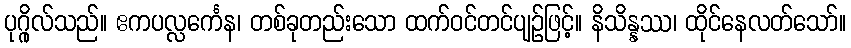
ပုဂ္ဂိုလ်သည်။ ဧကပလ္လင်္ကေန၊ တစ်ခုတည်းသော ထက်ဝင်တင်ပျဉ်ဖြင့်။ နိသိန္နဿ၊ ထိုင်နေလတ်သော်။